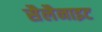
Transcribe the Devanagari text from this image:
सैलैनाइट